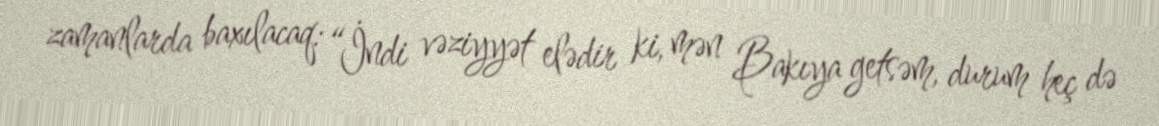
zamanlarda baxılacaq: “İndi vəziyyət elədir ki, mən Bakıya getsəm, durum heç də